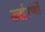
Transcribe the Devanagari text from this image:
उर्द्धरणों